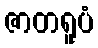
ဇာတရူပံ